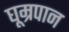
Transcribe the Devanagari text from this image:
घूम्रपान